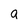
Character: a